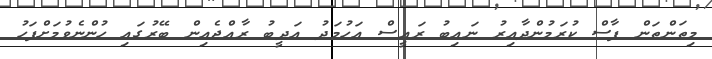
މިތަންތަން ފާސް ކުރަމުންދާއިރު ނައިބު ރައީސް އަހުމަދު އަދީބު ރާއްޖެއިން ބޭރުގައި ހުންނެވުމަށްފަހު